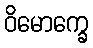
ဝိမောက္ခေ